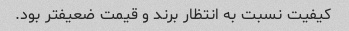
کیفیت نسبت به انتظار برند و قیمت ضعیفتر بود.